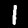
Label: 1